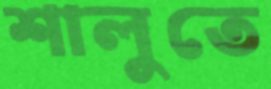
শালুতে